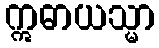
ဣဓာယသ္မာ